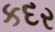
કદર